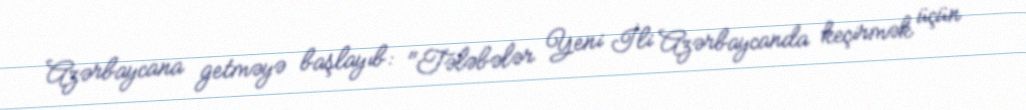
Azərbaycana getməyə başlayıb: "Tələbələr Yeni İli Azərbaycanda keçirmək üçün